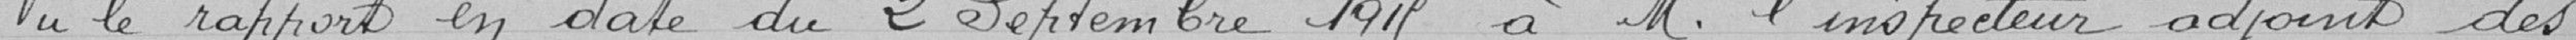
Vu le rapport en date du 2 septembre 1915 à Monsieur l'Inspecteur adjoint des